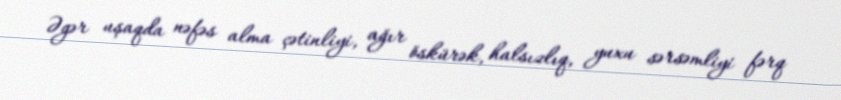
Əgər uşaqda nəfəs alma çətinliyi, ağır öskürək, halsızlıq, yuxu sərsəmliyi fərq